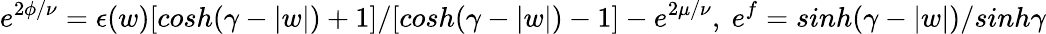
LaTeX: e^{2\phi/\nu}=\epsilon(w)[cosh(\gamma-|w|)+1]/[cosh(\gamma-|w|)-1]-e^{2\mu/\nu},~e^{f}=sinh(\gamma-|w|)/sinh\gamma